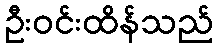
ဦးဝင်းထိန်သည်